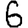
Digit: 6